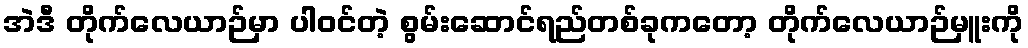
အဲဒီ တိုက်လေယာဉ်မှာ ပါဝင်တဲ့ စွမ်းဆောင်ရည်တစ်ခုကတော့ တိုက်လေယာဉ်မှူးကို